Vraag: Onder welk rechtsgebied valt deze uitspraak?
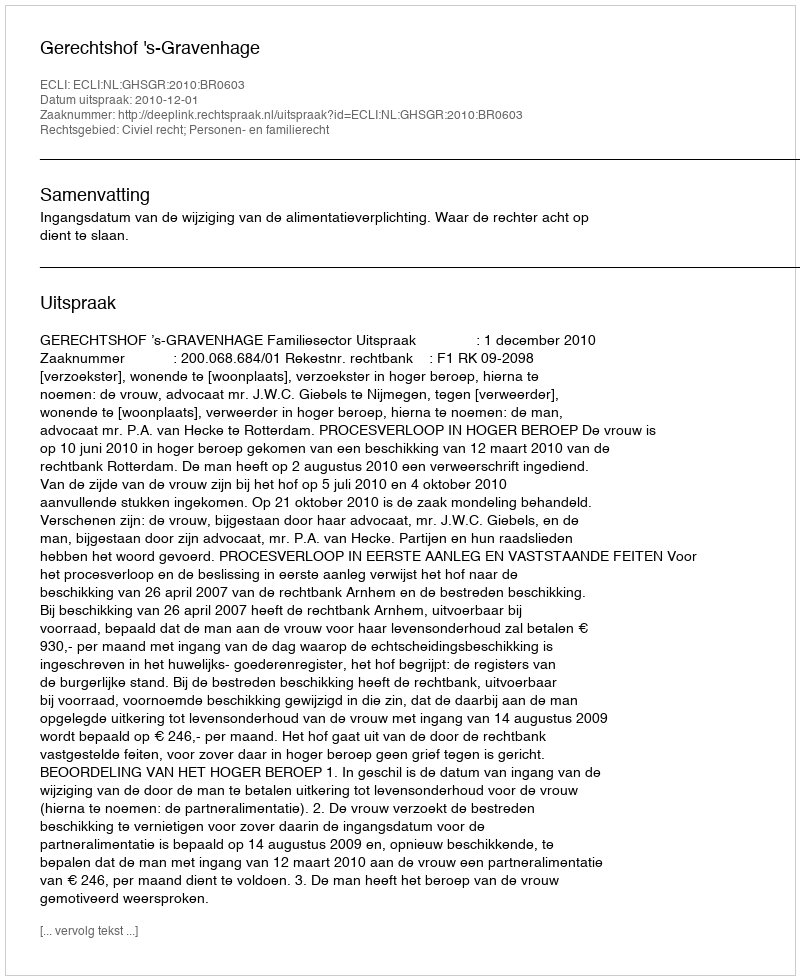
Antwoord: Civiel recht; Personen- en familierecht